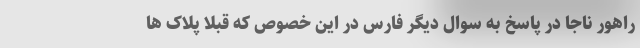
راهور ناجا در پاسخ به سوال دیگر فارس در این خصوص که قبلاً پلاک ها